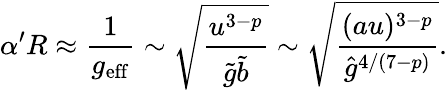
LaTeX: \alpha^{\prime}R\approx\frac{1}{g_{\mathrm{eff}}}\sim\sqrt{\frac{u^{3-p}}{\tilde{g}\tilde{b}}}\sim\sqrt{\frac{(au)^{3-p}}{{\hat{g}}^{4/(7-p)}}}.